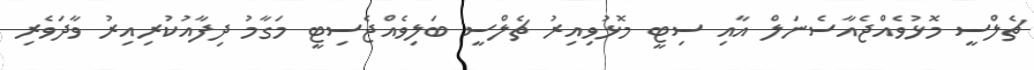
ޗެލްސީ މޮޅުވެއްޖެއާސެނަލް އާއި ސިޓީ މޮޅުވިއިރު ޗެލްސީ ބަލިވެއްޖެސިޓީ މަގާމު ދިފާއުކުރިއިރު ވާދަވެރި